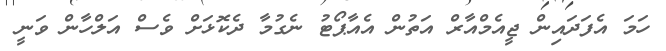
ހަމަ އެފަދައިން ޖީއެމްއާރް އަތުން އެއާޕޯޓު ނެގުމާ ދެކޮޅަށް ވެސް އަލްހާން ވަނީ